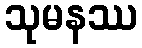
သုမနဿ